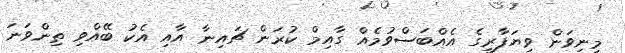
މިނިވަން ވިޔަފާރީގެ އެއްބަސްވުމެއް ގާއިމް ކުރަން ޗައިނާ އާއި އެކު ބޭއްވި ތިންވަނަ